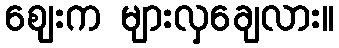
ဈေးက များလှချေလား။